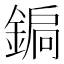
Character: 𨩮